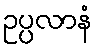
ဥပ္ပလာနံ